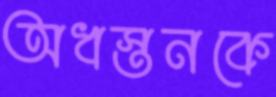
অধস্তনকে